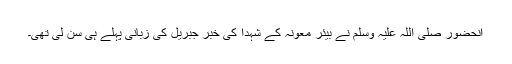
آنحضور صلی اللہ علیہ وسلم نے بیئر معونہ کے شہدا کی خبر جبریلؑ کی زبانی پہلے ہی سن لی تھی۔